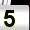
Digit: 5